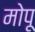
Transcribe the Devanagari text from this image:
मोपू